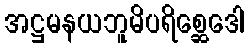
အဋ္ဌမနယဘူမိပရိစ္ဆေဒေါ